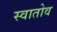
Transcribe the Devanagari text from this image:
स्वातोव